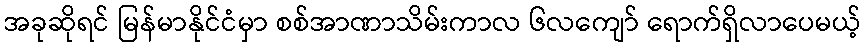
အခုဆိုရင် မြန်မာနိုင်ငံမှာ စစ်အာဏာသိမ်းကာလ ၆လကျော် ရောက်ရှိလာပေမယ့်